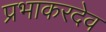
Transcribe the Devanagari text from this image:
प्रभाकरदेव